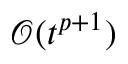
\mathcal { O } ( t ^ { p + 1 } )